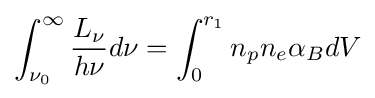
\int _{\nu _{0}}^{\infty }{\frac {L_{\nu }}{h\nu }}d\nu =\int _{0}^{r_{1}}n_{p}n_{e}\alpha _{B}dV